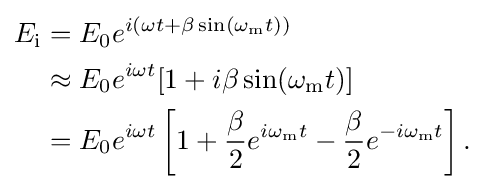
{\begin{aligned}E_{\text{i}}&=E_{0}e^{i(\omega t+\beta \sin(\omega _{\mathrm {m} }t))}\\&\approx E_{0}e^{i\omega t}[1+i\beta \sin(\omega _{\mathrm {m} }t)]\\&=E_{0}e^{i\omega t}\left[1+{\frac {\beta }{2}}e^{i\omega _{\mathrm {m} }t}-{\frac {\beta }{2}}e^{-i\omega _{\mathrm {m} }t}\right].\end{aligned}}